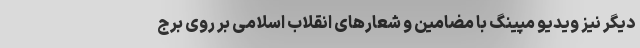
دیگر نیز ویدیو مپینگ با مضامین و شعارهای انقلاب اسلامی بر روی برج